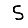
Digit: 5